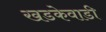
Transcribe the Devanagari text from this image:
खडकेवाडी